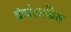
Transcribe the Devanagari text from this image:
कंचेलकिस